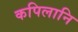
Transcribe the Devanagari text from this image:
कपिलानि